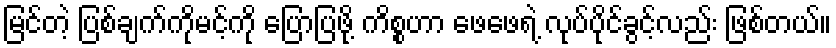
မြင်တဲ့ ပြစ်ချက်ကိုမင့်ကို ပြောပြဖို့ ကိစ္စဟာ ဖေဖေရဲ့ လုပ်ပိုင်ခွင့်လည်း ဖြစ်တယ်။